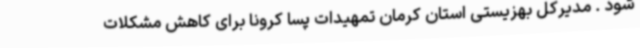
شود . مدیرکل بهزیستی استان کرمان تمهیدات پسا کرونا برای کاهش مشکلات